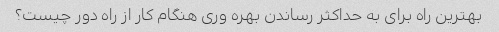
بهترین راه برای به حداکثر رساندن بهره وری هنگام کار از راه دور چیست؟